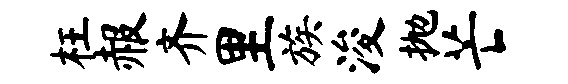
枉赧齐里族浚抛芒